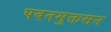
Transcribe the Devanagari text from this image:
पवनमुक्तसन